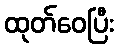
ထုတ်ဝေပြီး